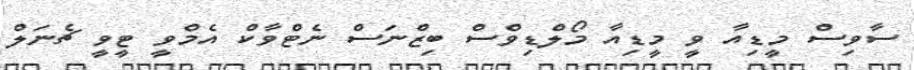
ސާވިސް މީޑިއާ ވީ މީޑިއާ މޯލްޑިވްސް ބިޒްނަސް ނެޓްވާކް އެމްވީ ޓީވީ ޗެނަލް